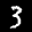
Label: 3